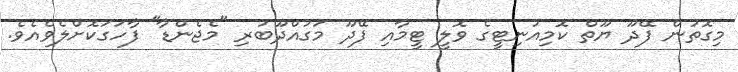
މިގޮތުން ފޭދޫ ޔޫތް ކޮމިއުނިޓީގެ ވޮލީ ޓީމާއި ފޭދޫ މަގުއްދޫބުރި "މެޖެންޑާ" ފާހަގަކޮށްލެވެއެވެ.